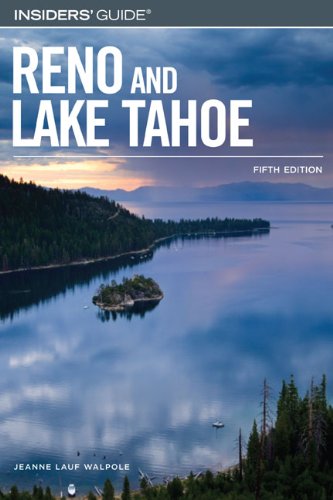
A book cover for Insiders' Guide to Reno and Lake Tahoe, 5th (Insiders' Guide Series); Jeanne Lauf Walpole; Travel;